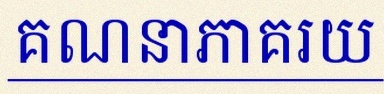
គណនាភាគរយ